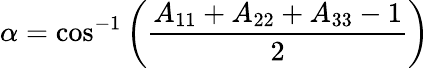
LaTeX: \alpha=\cos^{-1}\left({\frac{A_{11}+A_{22}+A_{33}-1}{2}}\right)